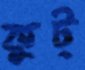
কুট্‌